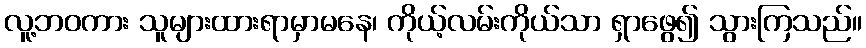
လူ့ဘဝကား သူများထားရာမှာမနေ၊ ကိုယ့်လမ်းကိုယ်သာ ရှာဖွေ၍ သွားကြသည်။